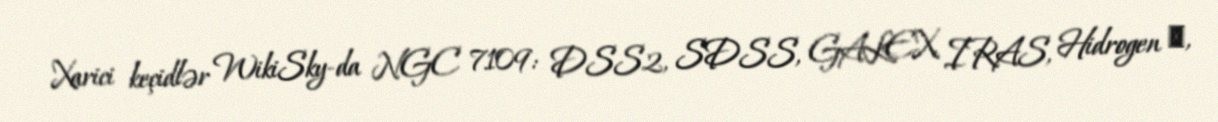
Xarici keçidlər WikiSky-da NGC 7109: DSS2, SDSS, GALEX, IRAS, Hidrogen α,